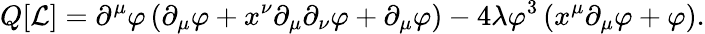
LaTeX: Q[{\mathcal{L}}]=\partial^{\mu}\varphi\left(\partial_{\mu}\varphi+x^{\nu}\partial_{\mu}\partial_{\nu}\varphi+\partial_{\mu}\varphi\right)-4\lambda\varphi^{3}\left(x^{\mu}\partial_{\mu}\varphi+\varphi\right).